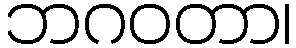
ဘဂဝတာ၊